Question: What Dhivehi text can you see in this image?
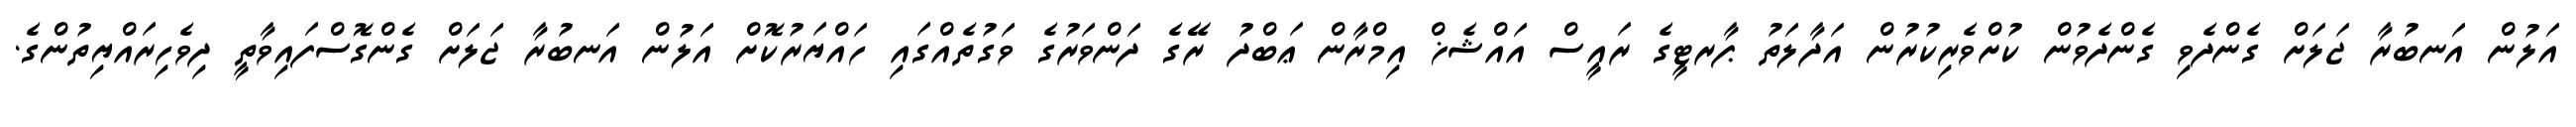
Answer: އަލުން އަނބުރާ ޖަލަށް ގެންދެވި ގެންދެވުން ކުށްވެރިކުރުން އަދާލަތު ޕާރޓީގެ ރައީސް އައްޝެޚް އިމްރާން ޢަބްދު ރޭގެ ދަންވަރުގެ ވަގުތެއްގައި ހައްޔަރުކޮށް އަލުން އަނބުރާ ޖަލަށް ގެންގޮސްފައިވާތީ ދިވެހިރައްޔިތުންގެ.